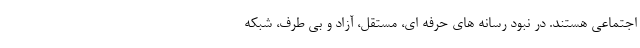
اجتماعی هستند. در نبود رسانه های حرفه ای، مستقل، آزاد و بی طرف، شبکه